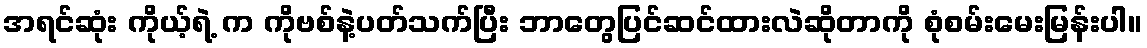
အရင်ဆုံး ကိုယ့်ရဲ့ က ကိုဗစ်နဲ့ပတ်သက်ပြီး ဘာတွေပြင်ဆင်ထားလဲဆိုတာကို စုံစမ်းမေးမြန်းပါ။